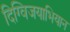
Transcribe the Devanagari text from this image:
दिग्विजयाभियान